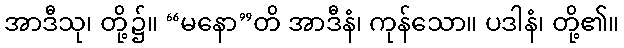
အာဒီသု၊ တို့၌။ “မနော”တိ အာဒီနံ၊ ကုန်သော။ ပဒါနံ၊ တို့၏။